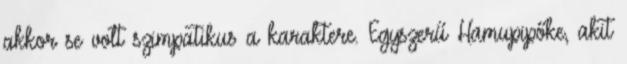
akkor se volt szimpatikus a karaktere. Egyszerű Hamupipőke, akit